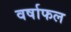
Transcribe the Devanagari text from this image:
वर्षाफल